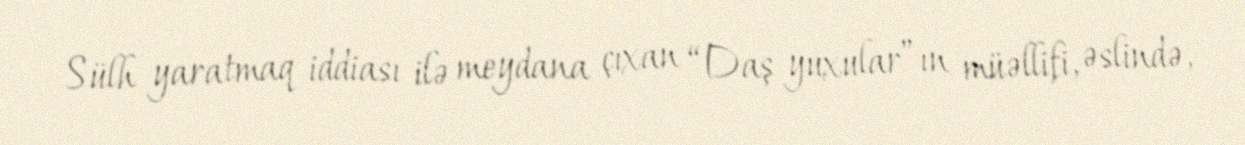
Sülh yaratmaq iddiası ilə meydana çıxan “Daş yuxular”ın müəllifi, əslində,